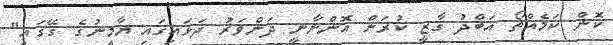
ކޮން ކަމެއްތޯ އަބްދު ގާޒީ ކުރަން އޮންނާނީ ދަންވަރު ދަޅައިގައި ޔާމީނުގެ ގޭގައި"